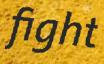
fight